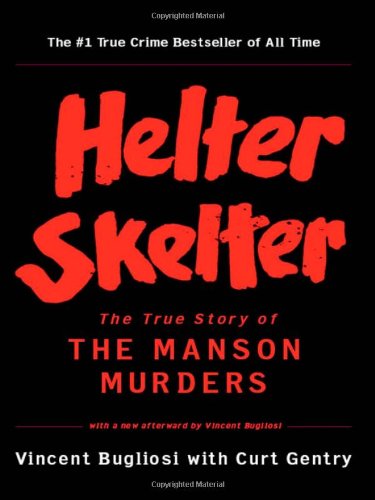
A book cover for Helter Skelter: The True Story of the Manson Murders; Vincent Bugliosi; Biographies & Memoirs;